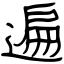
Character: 遍